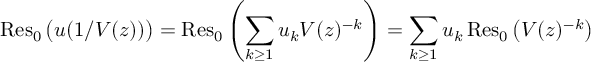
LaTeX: \operatorname { R e s } _ { 0 } { \big ( } u ( 1 / V ( z ) ) { \big ) } = \operatorname { R e s } _ { 0 } \left( \sum _ { k \geq 1 } u _ { k } V ( z ) ^ { - k } \right) = \sum _ { k \geq 1 } u _ { k } \operatorname { R e s } _ { 0 } { \big ( } V ( z ) ^ { - k } { \big ) }